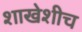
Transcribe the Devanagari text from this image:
शाखेशीच